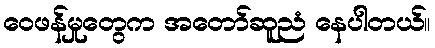
ဝေဖန်မှုတွေက အတော်ဆူညံ နေပါတယ်။